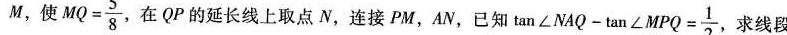
M，使 MQ= \frac{5}{8} ，在QP的延长线上取点N，连接PM，AN，已知tan\angle NAQ-tan\angle MPQ=\frac{1}{2} 求线段